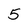
Character: 5